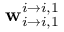
\mathbf { w } _ { i \rightarrow i , 1 } ^ { i \rightarrow i , 1 }